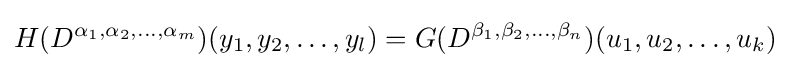
H(D^{\alpha _{1},\alpha _{2},\ldots ,\alpha _{m}})(y_{1},y_{2},\ldots ,y_{l})=G(D^{\beta _{1},\beta _{2},\ldots ,\beta _{n}})(u_{1},u_{2},\ldots ,u_{k})